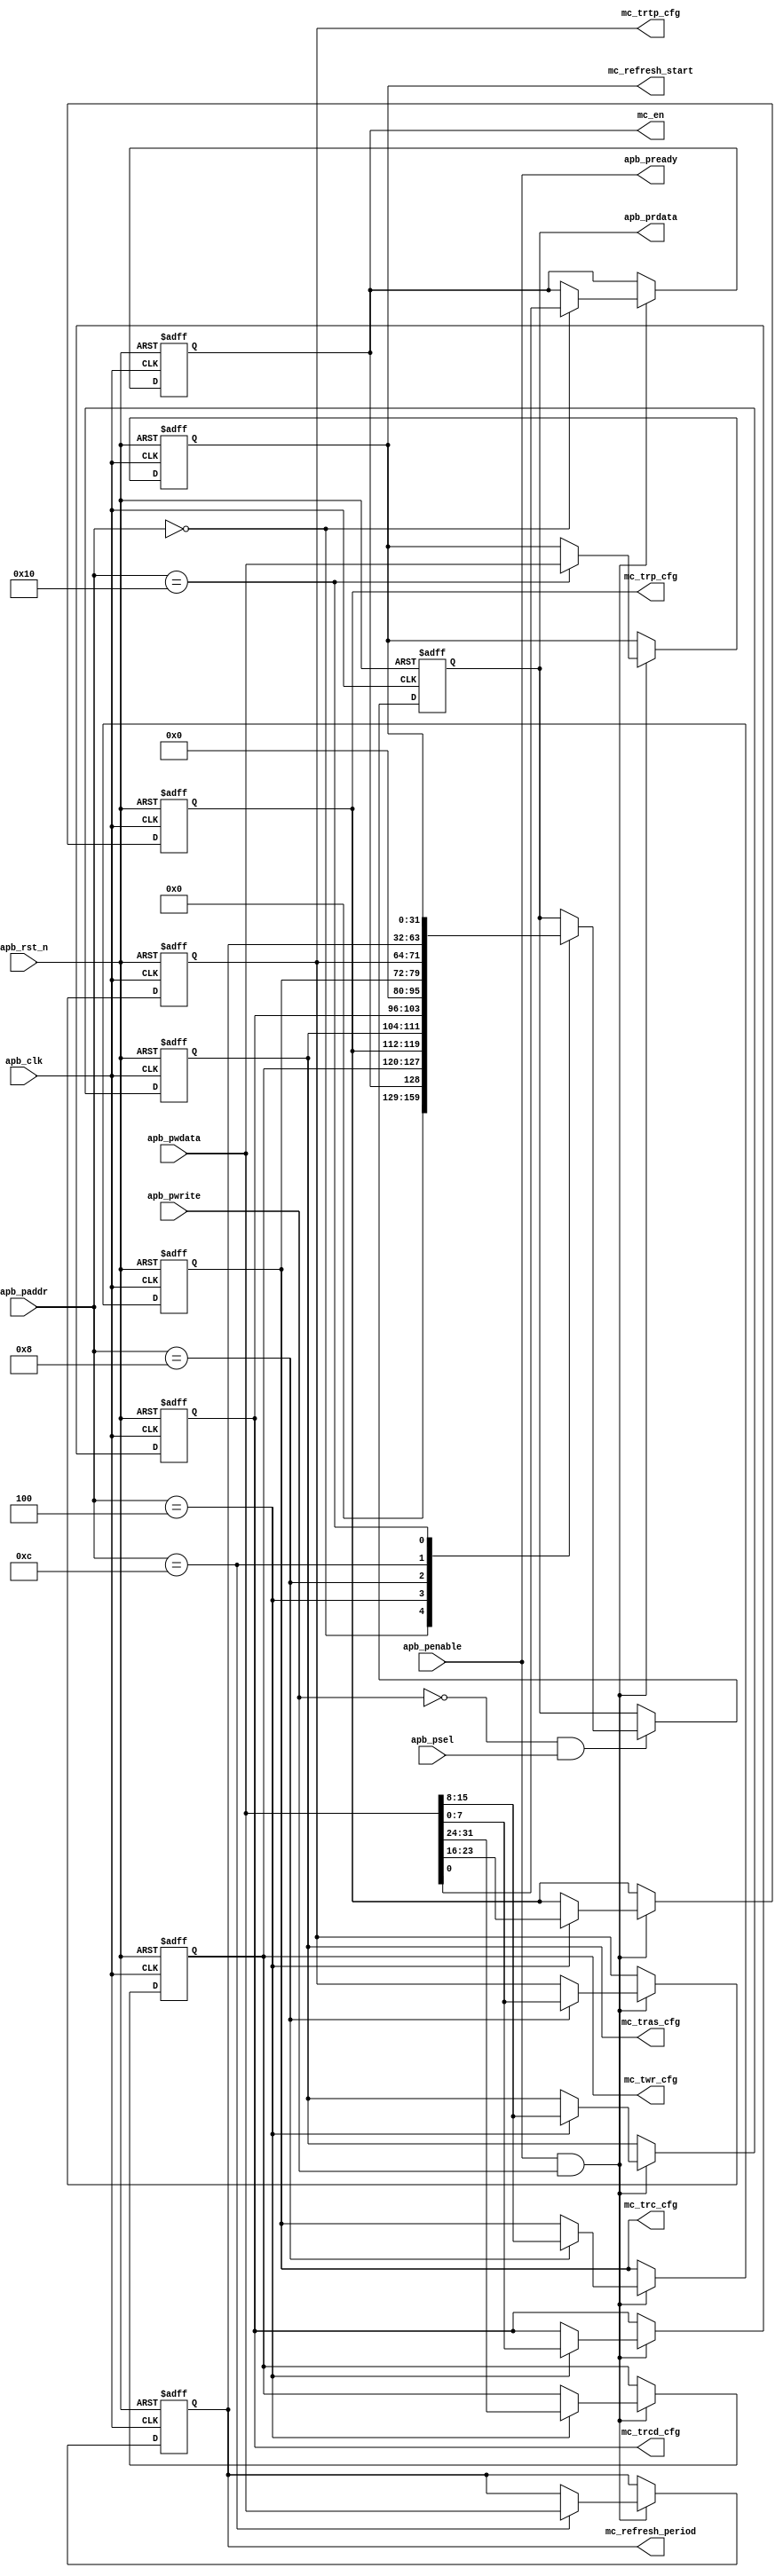
module mc_apb_cfg #(
    parameter APB_DATA_WIDTH = 32,
    parameter APB_ADDR_WIDTH = 32,
    parameter TIM_CFG        = 8
) (
    input                           apb_clk             ,
    input                           apb_rst_n           ,
    input                           apb_psel            ,
    input                           apb_penable         ,
    input                           apb_pwrite          ,
    input      [APB_ADDR_WIDTH-1:0] apb_paddr           ,
    input      [APB_DATA_WIDTH-1:0] apb_pwdata          ,
    output reg [APB_DATA_WIDTH-1:0] apb_prdata          ,
    output                          apb_pready          ,
    
    output reg                      mc_en               ,
    output reg [TIM_CFG-1:0]        mc_trcd_cfg         ,
    output reg [TIM_CFG-1:0]        mc_tras_cfg         ,
    output reg [TIM_CFG-1:0]        mc_trp_cfg          ,
    output reg [TIM_CFG-1:0]        mc_twr_cfg          ,
    output reg [TIM_CFG-1:0]        mc_trtp_cfg         ,
    output reg [TIM_CFG-1:0]        mc_trc_cfg          ,
    output reg [APB_DATA_WIDTH-1:0] mc_refresh_period   ,
    output reg [APB_DATA_WIDTH-1:0] mc_refresh_start
);

    always @(posedge apb_clk or negedge apb_rst_n) begin
        if(!apb_rst_n) begin
            mc_en <= 1'h0;            
            mc_trcd_cfg <= 8'd7;
            mc_tras_cfg <= 8'd16;
            mc_trp_cfg <= 8'd6;
            mc_twr_cfg <= 8'd6;
            mc_trtp_cfg <= 8'd4;
            mc_trc_cfg <= 8'd22;
            mc_refresh_period <= 32'd2400_0000;
            mc_refresh_start <= 32'hffff_ffff;
        end
        else if(apb_penable && apb_pready && apb_pwrite) begin
            case(apb_paddr)
                32'd0: begin
                    mc_en <= apb_pwdata[0];
                end
                32'd4: begin
                    mc_trcd_cfg <= apb_pwdata[0*TIM_CFG+:8];
                    mc_tras_cfg <= apb_pwdata[1*TIM_CFG+:8];
                    mc_trp_cfg <= apb_pwdata[2*TIM_CFG+:8];
                    mc_twr_cfg <= apb_pwdata[3*TIM_CFG+:8];
                end
                32'd8: begin
                    mc_trtp_cfg <= apb_pwdata[0*TIM_CFG+:8];
                    mc_trc_cfg <= apb_pwdata[1*TIM_CFG+:8];
                end
                32'd12: begin
                    mc_refresh_period <= apb_pwdata;
                end
                32'd16: begin
                    mc_refresh_start <= apb_pwdata;
                end
            endcase
        end
    end

    always @(posedge apb_clk or negedge apb_rst_n) begin
        if(!apb_rst_n) begin
            apb_prdata <= 32'd0;
        end
        else if(~apb_pwrite && apb_psel) begin
            case(apb_paddr)
                32'd0: begin
                    apb_prdata <= {31'b0,mc_en};
                end
                32'd4: begin
                    apb_prdata <= {mc_twr_cfg,mc_trp_cfg,mc_tras_cfg,mc_trcd_cfg};
                end
                32'd8: begin
                    apb_prdata <= {16'b0,mc_trc_cfg,mc_trtp_cfg};
                end
                32'd12: begin
                    apb_prdata <= mc_refresh_period;
                end
                32'd16: begin
                    apb_prdata <= mc_refresh_start;
                end
            endcase
        end
    end

    assign apb_pready = apb_penable;

    //
    //en010,en

endmodule